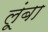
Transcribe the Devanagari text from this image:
लूंबा